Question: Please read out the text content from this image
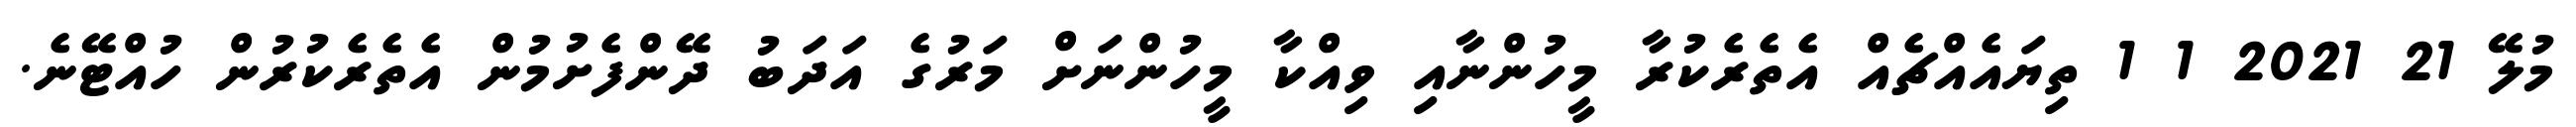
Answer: މުލޭ 21 2021 1 1 ތިޔައެއްޗެއް އެތެރެކުރާ މީހުންނާއި ވިއްކާ މީހުންނަށް މަރުގެ އަދަބު ދޭންފެށުމުން އެތެރެކުރުން ހުއްޓޭނެ.